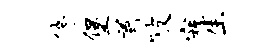
停堡首陂寇生